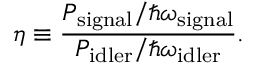
\eta \equiv \frac { P _ { \mathrm { s i g n a l } } / \hbar \omega _ { \mathrm { s i g n a l } } } { P _ { \mathrm { i d l e r } } / \hbar \omega _ { \mathrm { i d l e r } } } .